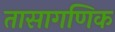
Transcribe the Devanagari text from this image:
तासागणिक